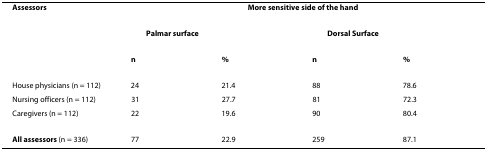
<table><thead><tr><td><b><i>Assessors</i></b></td><td colspan="4"><b><i>More sensitive side of the hand</i></b></td></tr><tr><td></td><td colspan="2"><b> <i>Palmar surface</i></b></td><td colspan="2"><b> <i>Dorsal Surface</i></b></td></tr><tr><td></td><td><b><i>n</i></b></td><td><b><i>%</i></b></td><td><b><i>n</i></b></td><td><b><i>%</i></b></td></tr></thead><tbody><tr><td>House physicians (n = 112)</td><td>24</td><td>21.4</td><td>88</td><td>78.6</td></tr><tr><td>Nursing officers (n = 112)</td><td>31</td><td>27.7</td><td>81</td><td>72.3</td></tr><tr><td>Caregivers (n = 112)</td><td>22</td><td>19.6</td><td>90</td><td>80.4</td></tr><tr><td><b>All assessors </b>(n = 336)</td><td>77</td><td>22.9</td><td>259</td><td>87.1</td></tr></tbody></table>